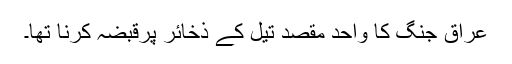
عراق جنگ کا واحد مقصد تیل کے ذخائر پرقبضہ کرنا تھا۔